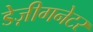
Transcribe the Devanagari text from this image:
डेज़ीगनेटर